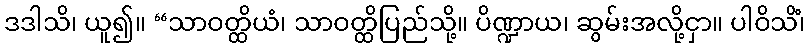
ဒဒါသိ၊ ယူ၍။ “သာဝတ္ထိယံ၊ သာဝတ္ထိပြည်သို့။ ပိဏ္ဍာယ၊ ဆွမ်းအလို့ငှာ။ ပါဝိသိံ၊